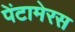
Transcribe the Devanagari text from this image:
पेंटामेरस